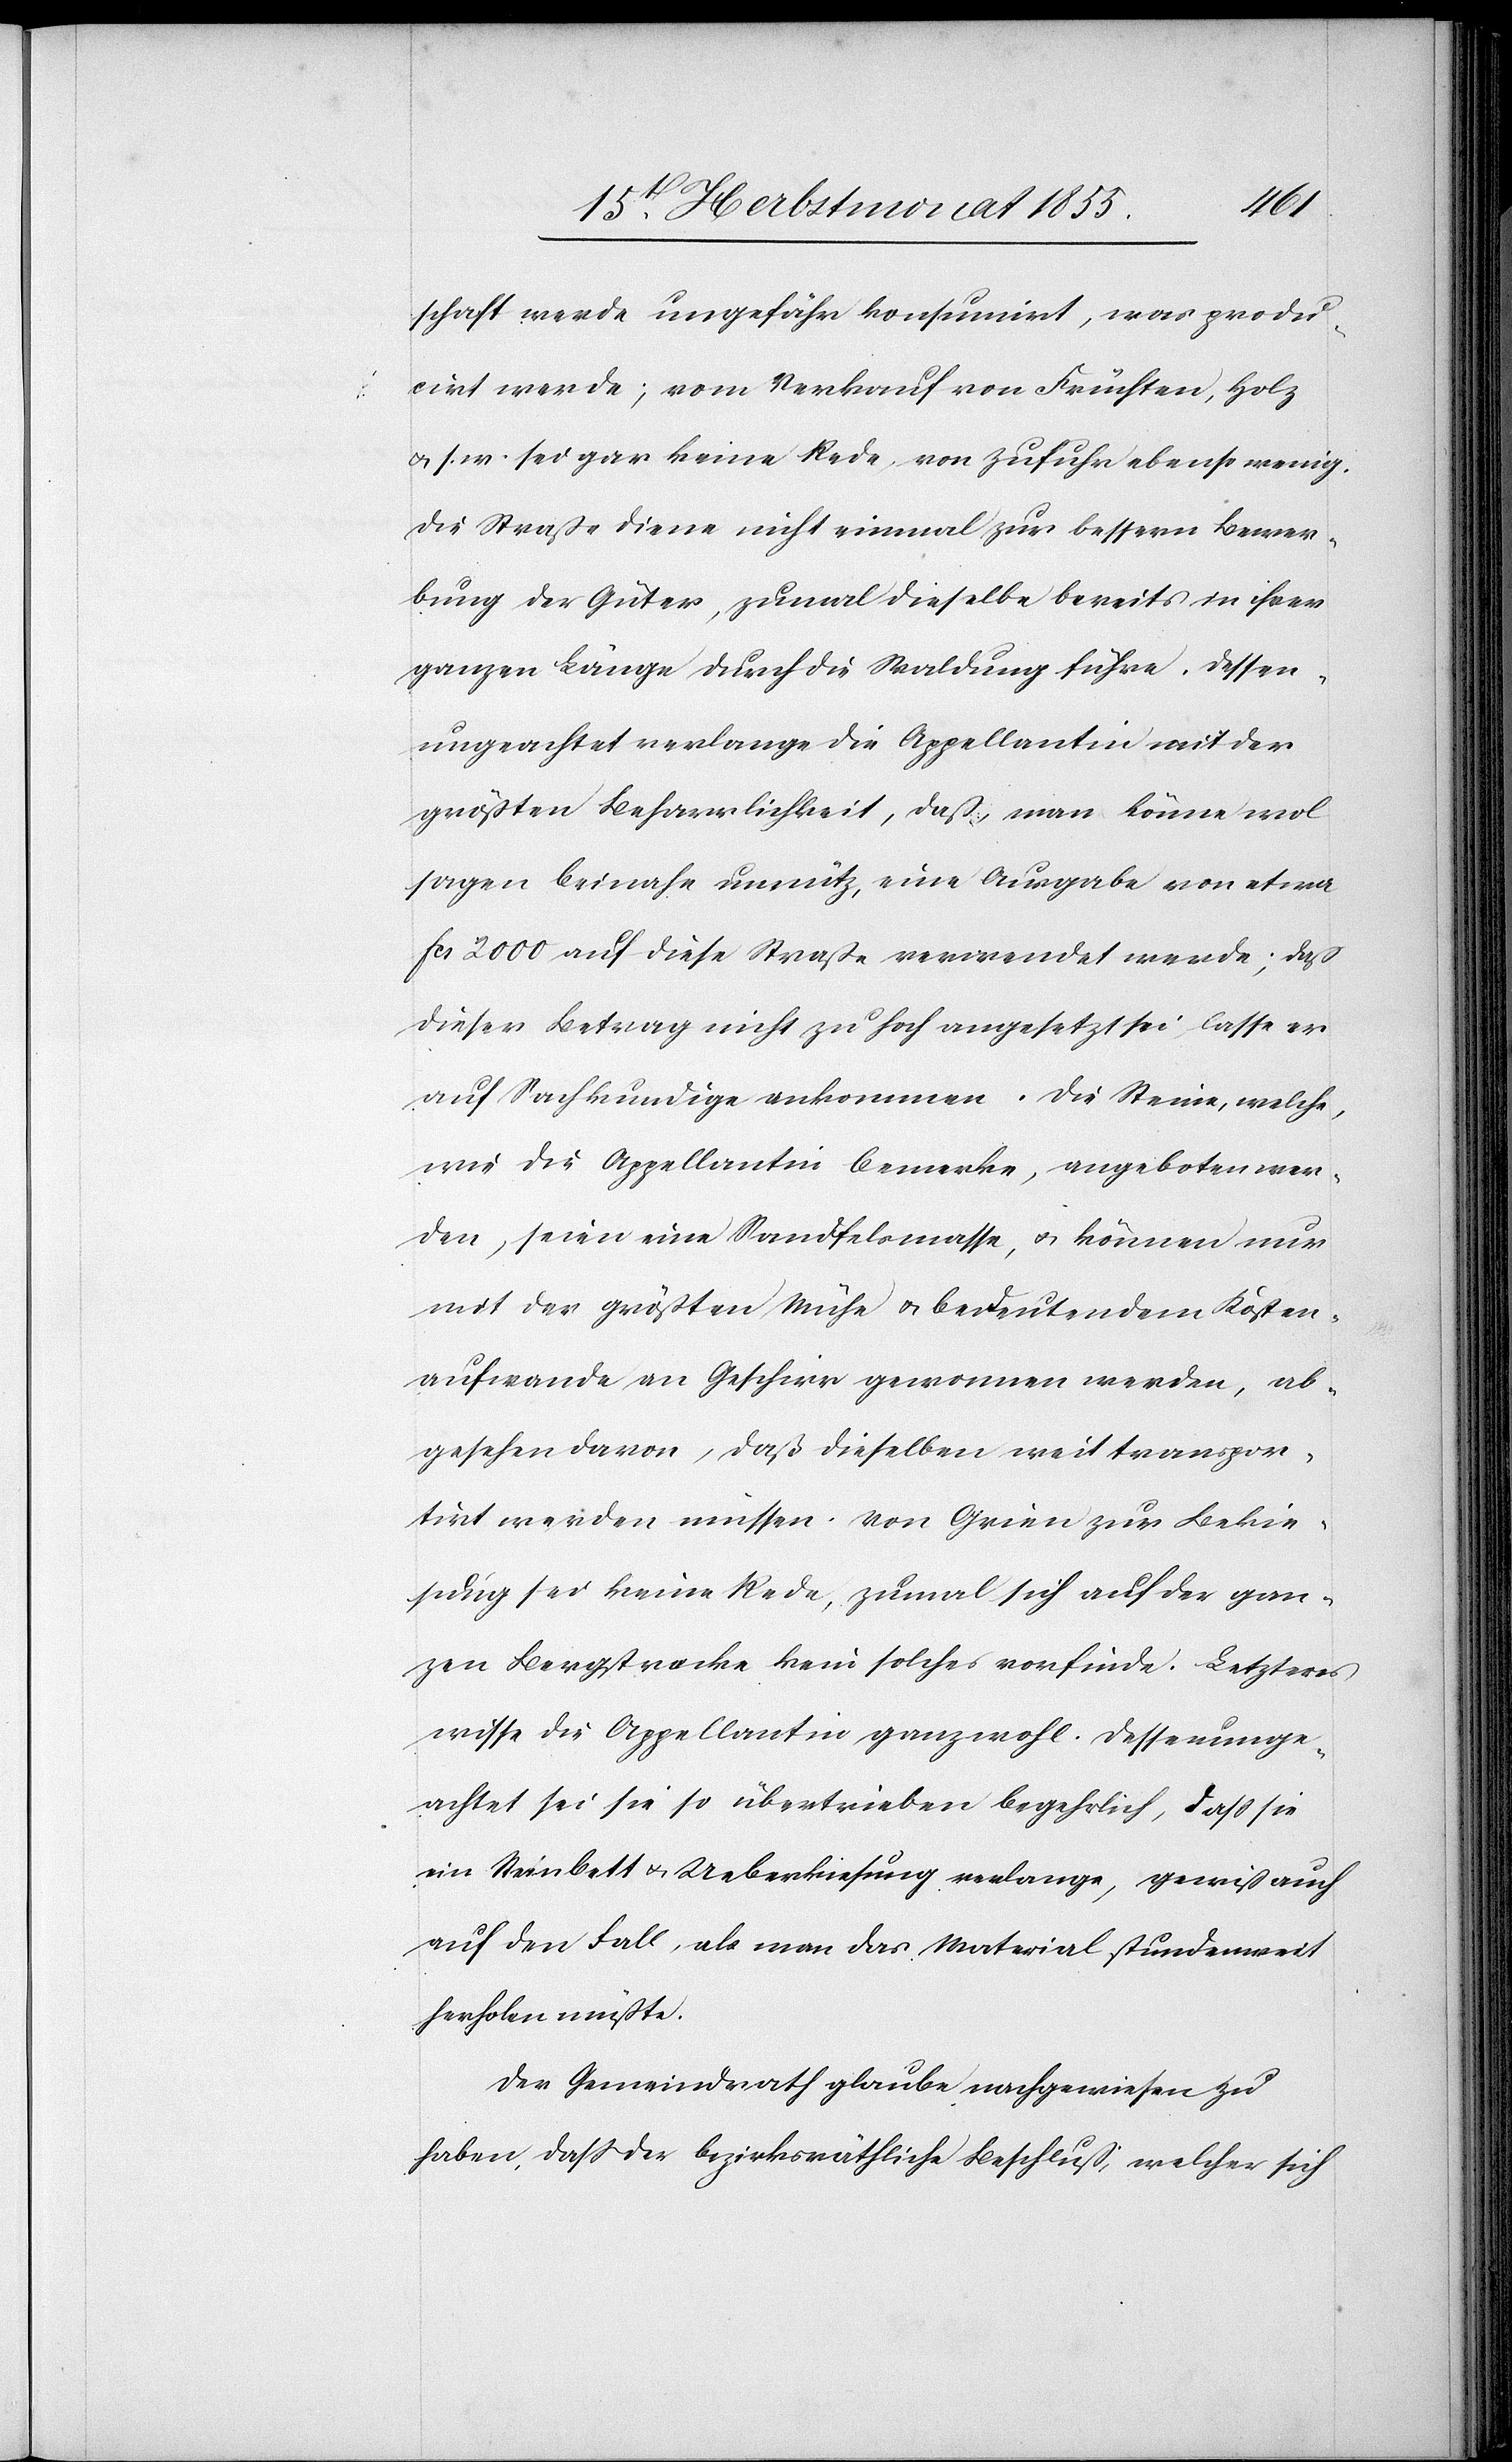
schaft werde ungefähr konsumirt, was produ¬
cirt werde; vom Verkauf von Früchten, Holz
& s. w. sei gar keine Rede, von Zufuhr ebenso wenig.
Die Straße diene nicht einmal zur bessern Bewer¬
bung der Güter, zumal dieselbe bereits in ihrer
ganzen Länge durch die Waldung führe. Dessen¬
ungeachtet verlange die Appellantin mit der
größten Beharrlichkeit, daß, man könne wol
sagen beinahe unnütz, eine Ausgabe von etwa
Fcs 2000 auf diese Straße verwendet werde; daß
dieser Betrag nicht zu hoch angesetzt sei lasse er
auf Sachkundige ankommen. Die Steine, welche,
wie die Appellantin bemerke, angeboten wer¬
den, seien eine Sandfelsmasse, & können nur
mit der größten Mühe & bedeutendem Kosten¬
aufwande an Geschirr gewonnen werden, ab¬
gesehen davon, daß dieselben weit transpor¬
tirt werden müssen. Von Grien zur Bekie¬
sung sei keine Rede, zumal sich auf der gan¬
zen Bergstrecke kein solches vorfinde. Letzteres
wisse die Appellantin ganz wohl. Dessenunge¬
achtet sei sie so übertrieben begehrlich, dass sie
ein Steinbett & Ueberkiesung verlange, gewiß auch
auf den Fall, als man das Material stundenweit
herholen müßte.
Der Gemeindrath glaube nachgewiesen zu
haben, dass der bezirksräthliche Beschluß, welcher sich